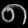
Digit: ၈